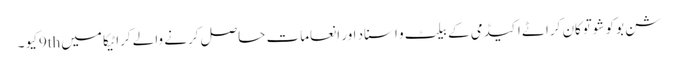
شن بوکو شوتوکان کراٹے اکیڈمی کے بیلٹ و اسناد اور انعامات حاصل کرنے والے کراٹیکا میں 9thکیو ۔